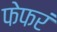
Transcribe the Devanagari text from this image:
फेफरं